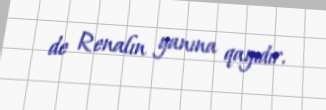
de Renalın yanına qayıdır.